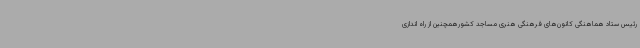
رئیس ستاد هماهنگی کانون‌های فرهنگی هنری مساجد کشورهمچنین از راه اندازی